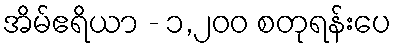
အိမ်ဧရိယာ - ၁,၂၀၀ စတုရန်းပေ